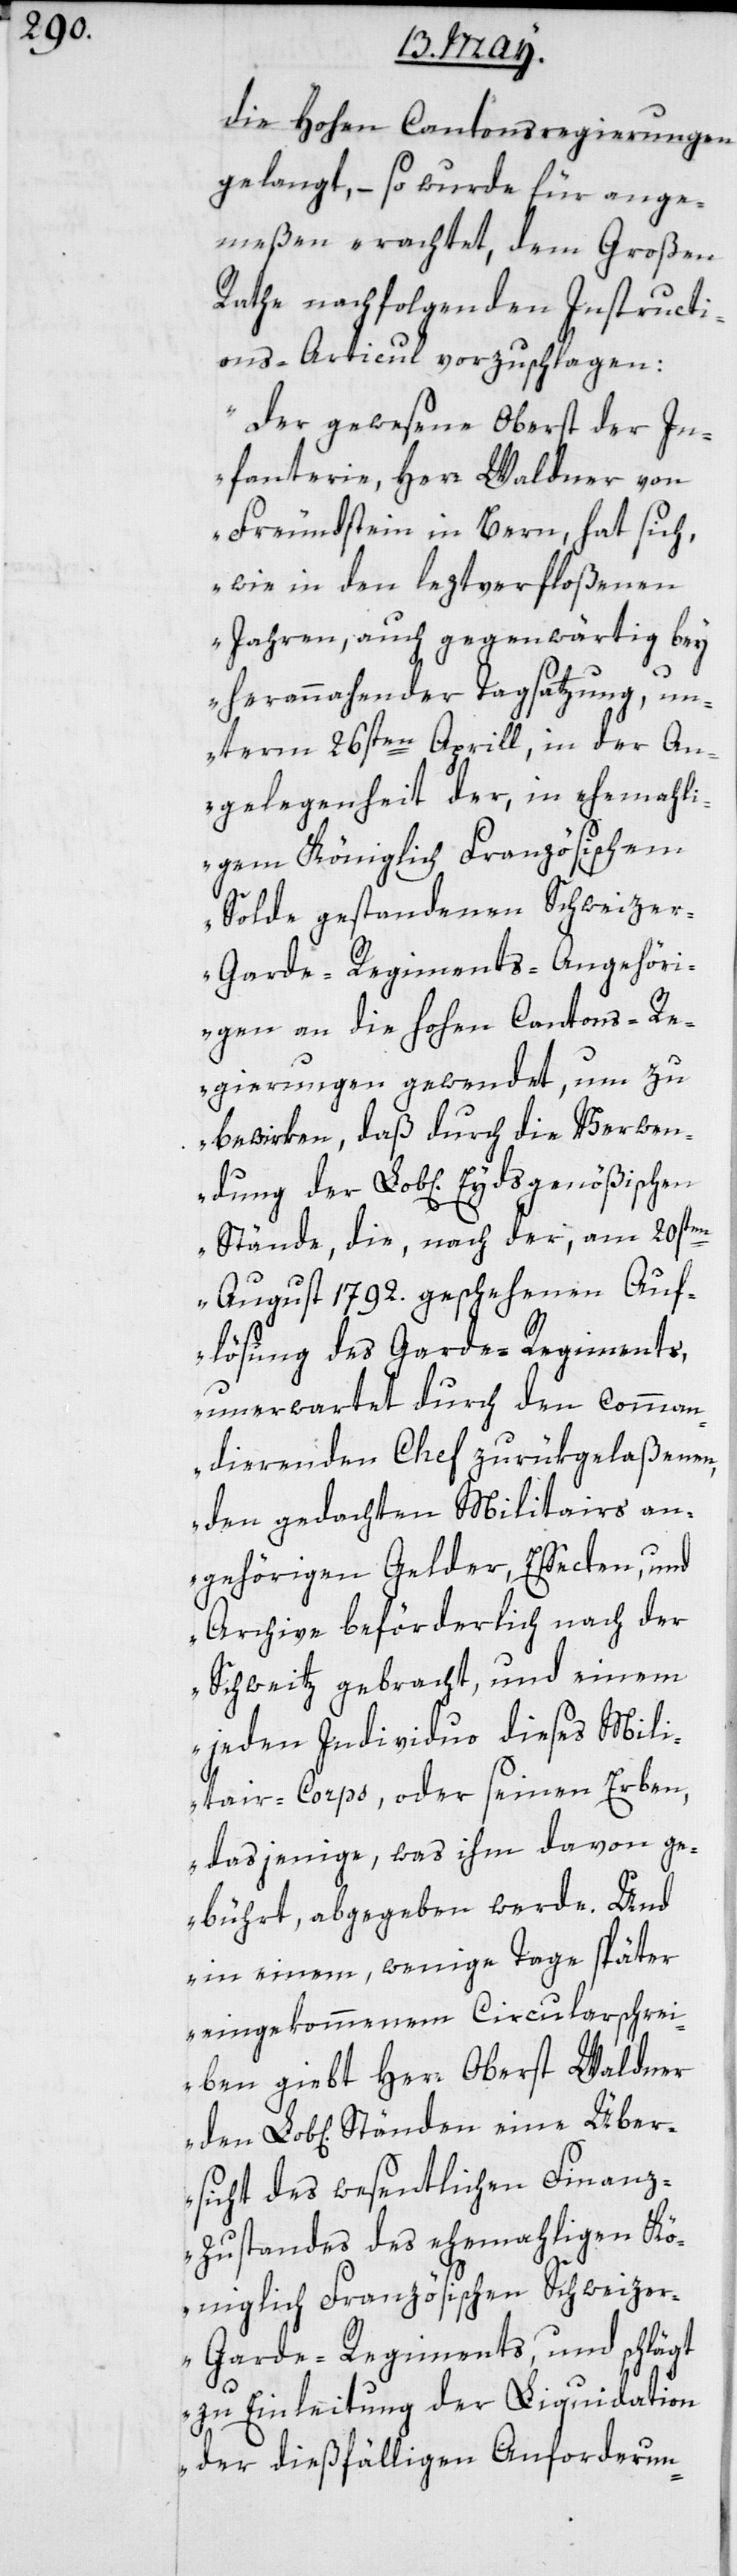
die hohen Cantonsregierungen
gelangt, – so wurde für ange¬
meßen erachtet, dem Großen
Rathe nachfolgenden Instructi¬
ons-Articul vorzuschlagen:
„Der gewesene Oberst der In¬
fanterie, Herr Waldner von
Freundstein in Bern, hat sich,
wie in den leztverfloßenen
Jahren, auch gegenwärtig bey
herannahender Tagsatzung, un¬
term 26sten Aprill, in der An¬
gelegenheit der, in ehemali¬
gem Königlich-Französischem
Solde gestandenen Schweizer¬
garde-Regiments-Angehöri¬
gen an die hohen Cantons-R¬
egierungen gewendet, um zu
bewirken, daß durch die Verwen¬
dung der Lob[lichen] Eydsgenößischen
Stände, die, nach der, am 20st¬
en August 1792. geschehenen Auf¬
lösung des Garde-Regiments,
unerwartet durch den comman¬
dierenden Chef zurükgelaßenen,
den gedachten Militairs an¬
gehörigen Gelder, Effecten und
Archive beförderlich nach der
Schweitz gebracht, und einem
jeden Individuo dieses Mili¬
tair-Corps, oder seinen Erben,
dasjenige, was ihm davon ge¬
bührt, abgegeben werde. Und
in einem, wenige Tage später
eingekommenem Circularschrei¬
ben giebt Herr Oberst Waldner
rsicht des wesentlichen Finanz¬
zustandes des ehemaligen Kö¬
niglich Französischen Schweize¬
r-Garde-Regiments, und schlägt
zu Einleitung der Liquidation
Übe¬
der dießfälligen